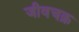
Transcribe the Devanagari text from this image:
जीवचक्र